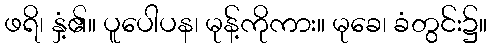
ဖရိ၊ နှံ့၏။ ပူပေါပန၊ မုန့်ကိုကား။ မုခေ၊ ခံတွင်း၌။